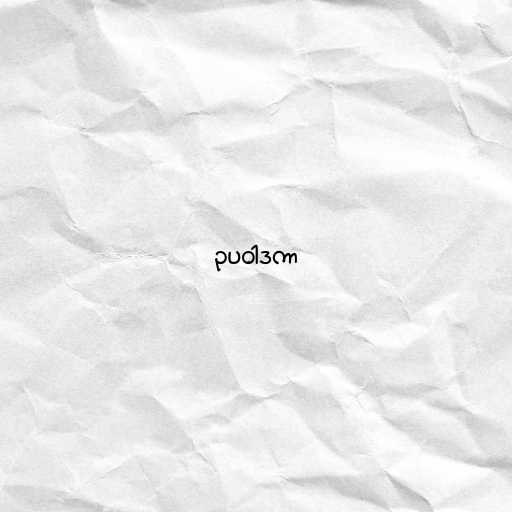
ဥပဝါဒကာ